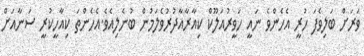
ވަރަށް ބަލިވެފަ ހުރީ އެހެންވެ ނައީ ހަވީރުއަލޫކް ކިއާރާއާދުރުވެލަމުން ބުނެލިއެވެ.އެހެންތަ ކިއާހީކުރީ ސަނާއަށް